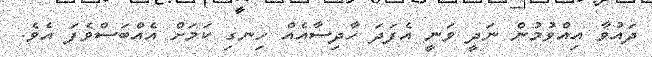
ދައުވާ އިއްވުމުން ނަދީ ވަނީ އެފަދަ ހާދިސާއެއް ހިނގި ކަމަށް އެއްބަސްވެފަ އެވެ.